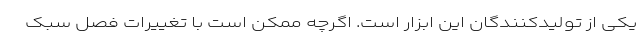
یکی از تولیدکنندگان این ابزار است. اگرچه ممکن است با تغییرات فصل سبک